Vaccination in Bombay 1863-1868 - 1863-1868
Year: 1863
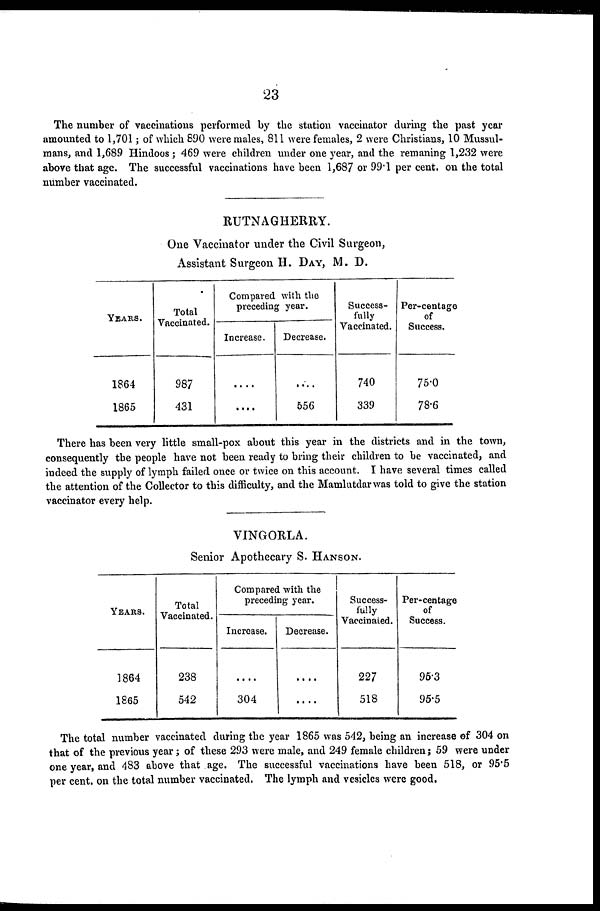
23
The number of vaccinations performed by the station vaccinator during the past year
amounted to 1,701; of which 890 were males, 811 were females, 2 were Christians, 10 Mussul-
mans, and 1,689 Hindoos; 469 were children under one year, and the remaning 1,232 were
above that age. The successful vaccinations have been 1,687 or 99.1 per cent. on the total
number vaccinated.
RUTNAGHERRY.
One Vaccinator under the Civil Surgeon,
Assistant Surgeon H. DAY, M. D.
YEARS.
1864
1865
Total
Vaccinated.
987
431
Compared with the
preceding year.
Increase.
....
....
Decrease.
....
556
Success-
fully
Vaccinated.
740
339
Per-centage
of
Success.
75.0
78.6
There has been very little small-pox about this year in the districts and in the town,
consequently the people have not been ready to bring their children to be vaccinated, and
indeed the supply of lymph failed once or twice on this account. I have several times called
the attention of the Collector to this difficulty, and the Mamlutdar was told to give the station
vaccinator every help.
VINGORLA.
Senior Apothecary S. HANSON.
YEARS.
1864
1865
Total
Vaccinated.
238
542
Compared with the
preceding year.
Increase.
....
304
Decrease.
....
....
Success-
fully
Vaccinated.
227
518
Per-centage
of
Success.
95.3
95.5
The total number vaccinated during the year 1865 was 542, being an increase of 304 on
that of the previous year ; of these 293 were male, and 249 female children; 59 were under
one year, and 483 above that age. The successful vaccinations have been 518, or 95.5
per cent. on the total number vaccinated. The lymph and vesicles were good.